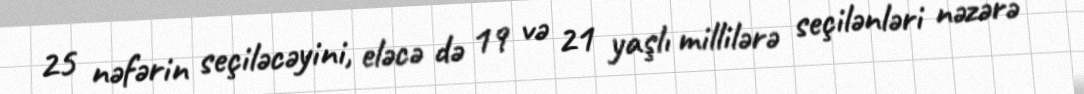
25 nəfərin seçiləcəyini, eləcə də 19 və 21 yaşlı millilərə seçilənləri nəzərə